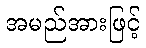
အမည်အားဖြင့်